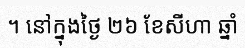
។ នៅក្នុងថ្ងៃ ២៦ ខែសីហា ឆ្នាំ